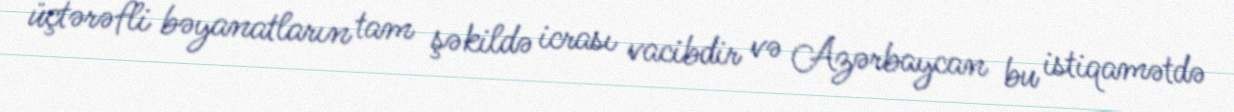
üçtərəfli bəyanatların tam şəkildə icrası vacibdir və Azərbaycan bu istiqamətdə